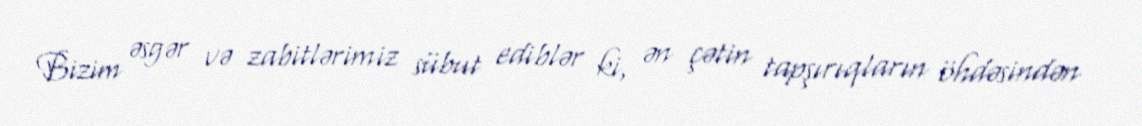
Bizim əsgər və zabitlərimiz sübut ediblər ki, ən çətin tapşırıqların öhdəsindən